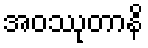
အဝဿုတာနိ